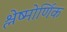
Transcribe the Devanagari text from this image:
श्लेष्मोर्णिक